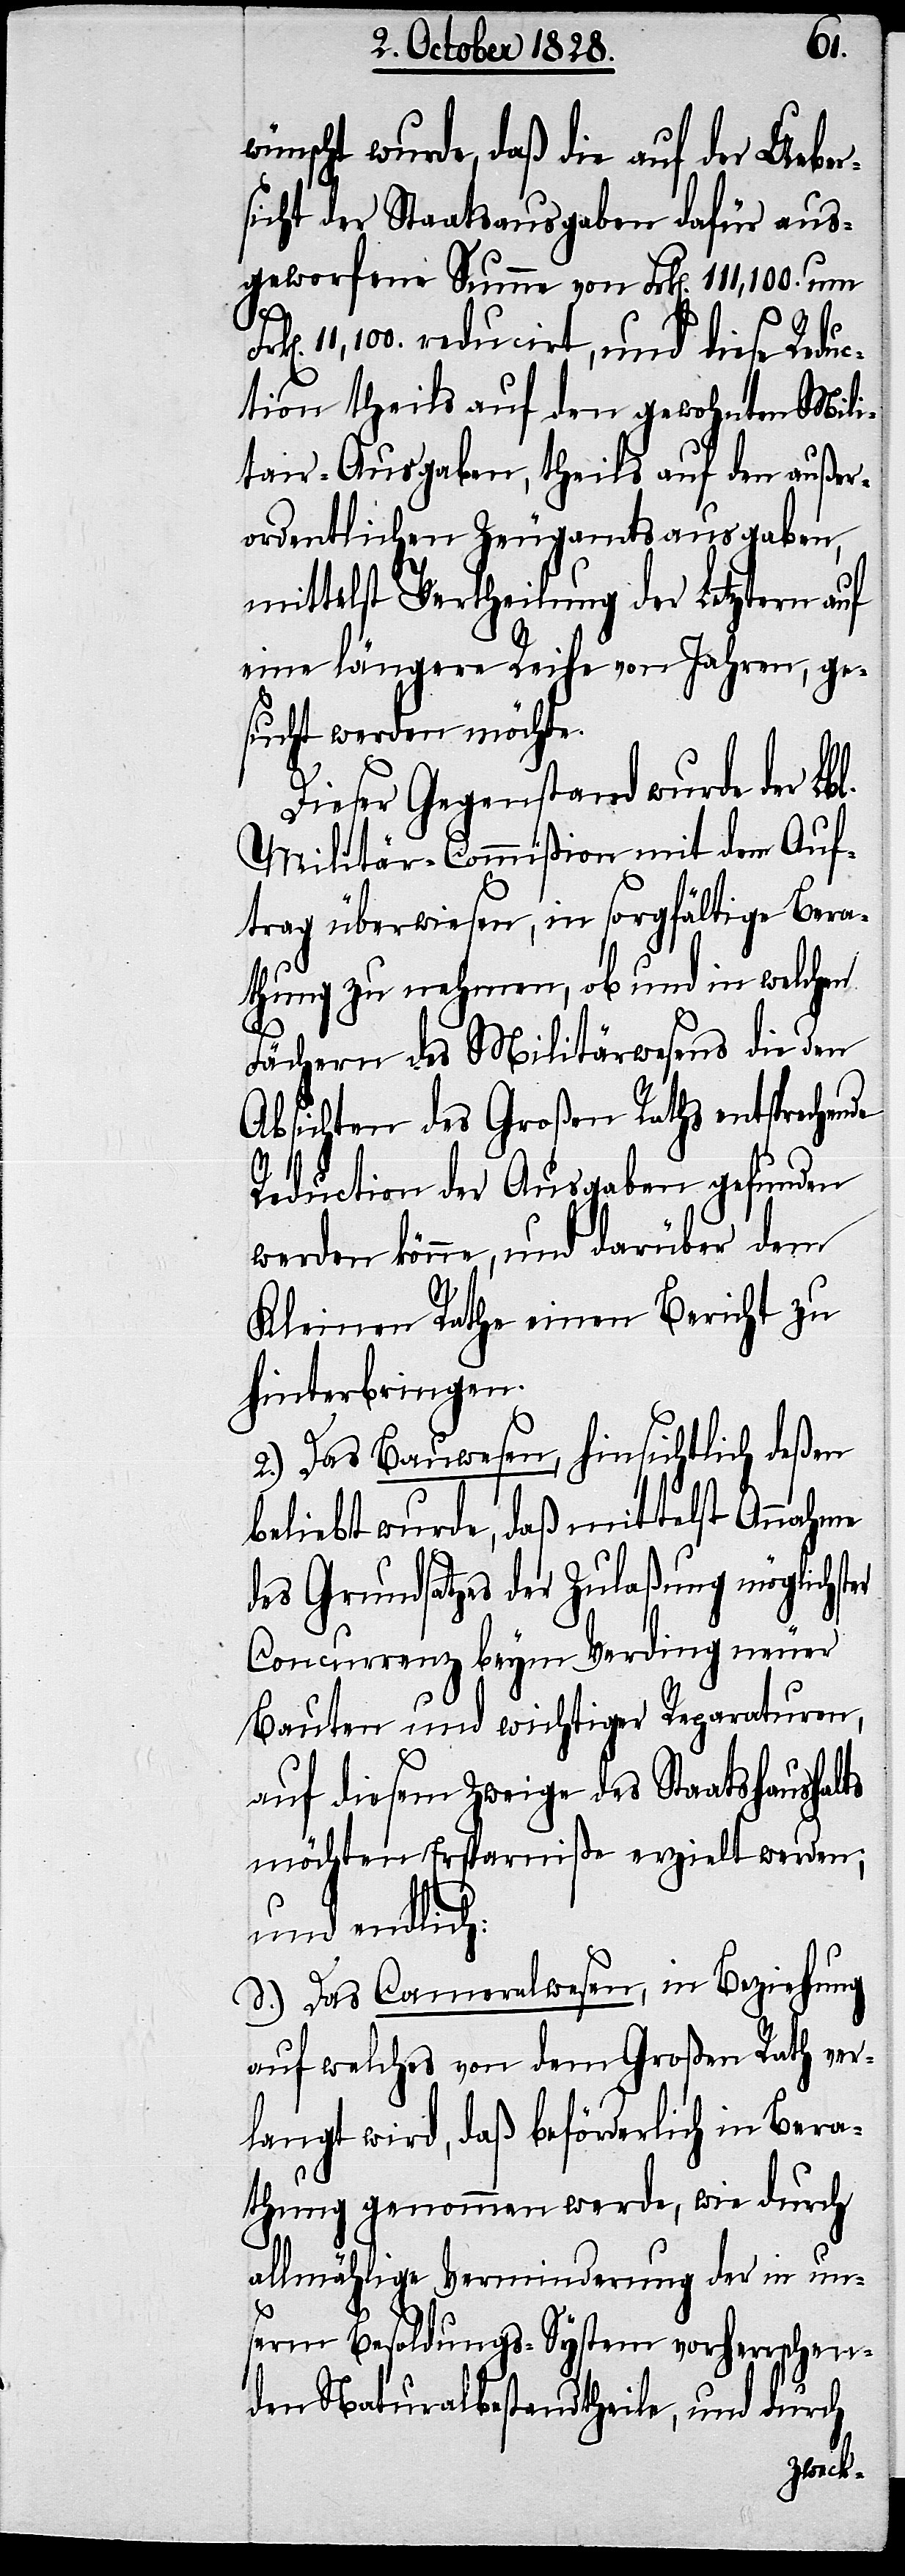
l.
wünscht wurde, daß die auf der Ueber¬
sicht der Staatsausgaben dafür aus¬
geworfene Summe von Frk[en]. 111,100. um
11,100. reducirt, und diese Reduc¬
tion theils auf den gewohnten Mili¬
tair-Ausgaben, theils auf den außer¬
ordentlichen Zeugamtsausgaben,
mittelst Vertheilung der Letztern auf
eine längere Reihe von Jahren, ge¬
sucht werden möchte.
Dieser Gegenstand wurde der Lb¬
Militär-Commißion mit dem Auf¬
trag überwiesen, in sorgfältige Bera¬
thung zu nehmen, ob und in welchen
Fächern des Militärwesens die den
Absichten des Großen Raths entsprechen¬
de Reduction der Ausgaben gefunden
werden könne, und darüber dem
Kleinen Rathe einen Bericht zu
hinterbringen.
2.) Das Bauwesen, hinsichtlich deßen
beliebt wurde, daß mittelst Annahme
des Grundsatzes der Zulaßung möglichster
Concurrenz beym Verding neuer
Bauten und wichtiger Reparaturen,
auf diesem Zweige des Staatshaushalts
möchten Ersparniße erzielt werden;
und endlich:
3.)] Das Cameralwesen, in Beziehung
auf welches von dem Großen Rath ver¬
langt wird, daß beförderlich in Bera¬
thung genommen werde, wie durch
allmählige Verminderung der in un¬
serm Besoldungs-System vorherrschen¬
den Naturalbestandtheile, und durch